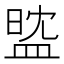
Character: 𥁻